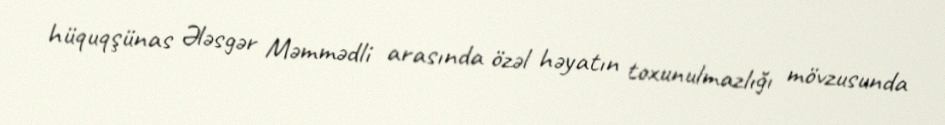
hüquqşünas Ələsgər Məmmədli arasında özəl həyatın toxunulmazlığı mövzusunda